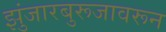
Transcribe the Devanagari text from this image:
झुंजारबुरूजावरून